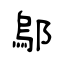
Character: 鄔